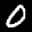
Label: 0